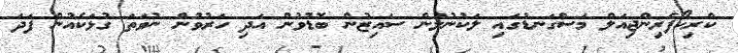
ކްރިކޯފެރިންޖިއަލް މަސްގަނޑުގައި ލަކުނުލުން ސައިޒުން ބޮޑުވުން އަދި ހަރުވުން ނުވަތަ ގުޅަކެއުން ފަދަ